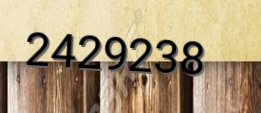
2429238